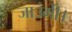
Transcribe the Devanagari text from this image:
जाउंगी।